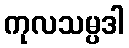
ကုလသမ္ပဒါ